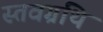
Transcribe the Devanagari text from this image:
स्तवग्रंथि